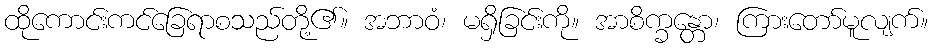
ထိုကောင်းကင်ခြေရာစသည်တို့၏။ အဘာဝံ၊ မရှိခြင်းကို။ အာစိက္ခန္တော၊ ကြားတော်မူလျက်။